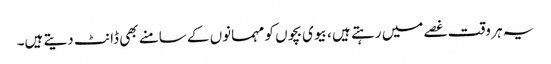
یہ ہر وقت غصے میں رہتے ہیں ، بیوی بچوں کو مہمانوں کے سامنے بھی ڈانٹ دیتے ہیں۔